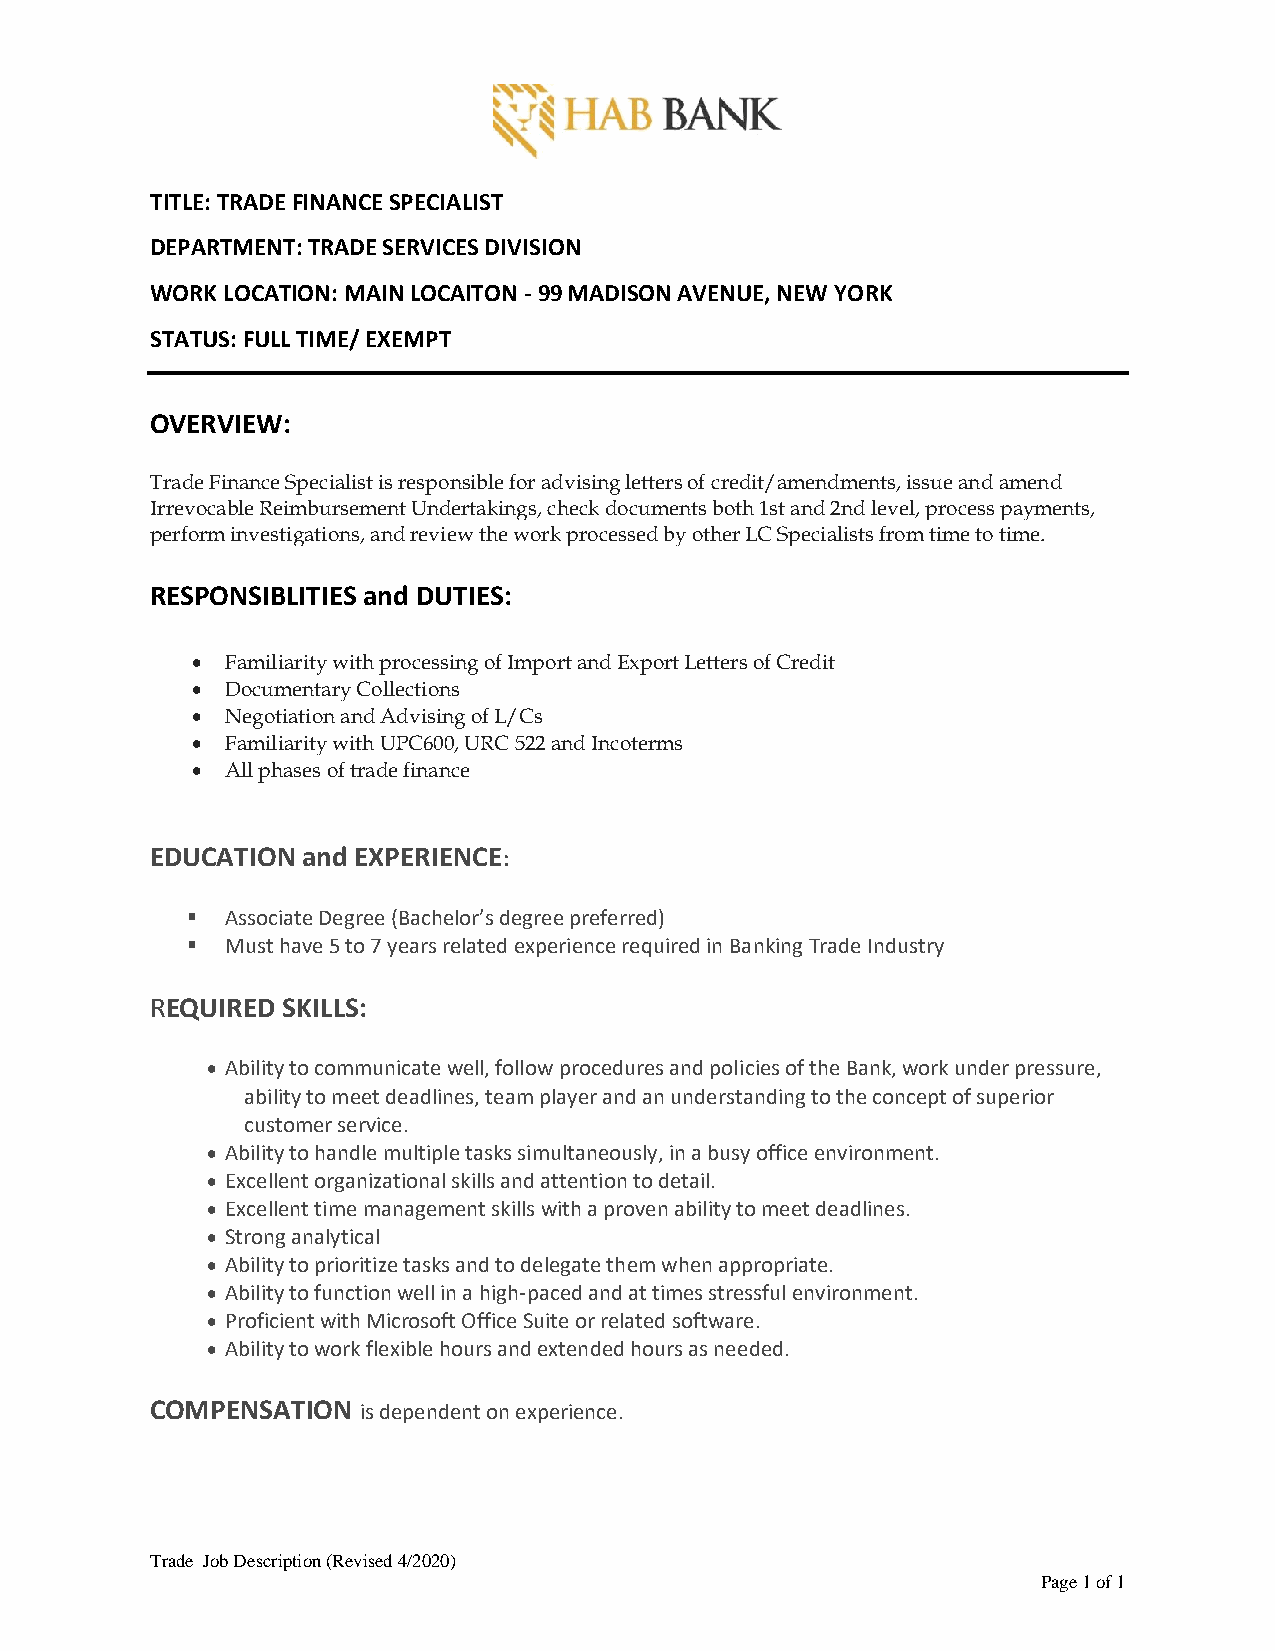
TITLE: TRADE FINANCE SPECIALIST
 DEPARTMENT: TRADE SERVICES DIVISION
 WORK LOCATION: MAIN LOCAITON - 99 MADISON AVENUE, NEW YORK
 STATUS: FULL TIME/ EXEMPT
 OVERVIEW:
 Trade Finance Specialist is responsible for advising letters of credit/amendments, issue and amend
 Irrevocable Reimbursement Undertakings, check documents both 1st and 2nd level, process payments,
 perform investigations, and review the work processed by other LC Specialists from time to time.
 RESPONSIBLITIES and DUTIES:
 • Familiarity with processing of Import and Export Letters of Credit
 • Documentary Collections
 • Negotiation and Advising of L/Cs
 • Familiarity with UPC600, URC 522 and Incoterms
 • All phases of trade finance
 EDUCATION and EXPERIENCE:
 Associate Degree (Bachelor’s degree preferred)
 Must have 5 to 7 years related experience required in Banking Trade Industry
 REQUIRED SKILLS:
 • Ability to communicate well, follow procedures and policies of the Bank, work under pressure,
 ability to meet deadlines, team player and an understanding to the concept of superior
 customer service.
 • Ability to handle multiple tasks simultaneously, in a busy office environment.
 • Excellent organizational skills and attention to detail.
 • Excellent time management skills with a proven ability to meet deadlines.
 • Strong analytical
 • Ability to prioritize tasks and to delegate them when appropriate.
 • Ability to function well in a high-paced and at times stressful environment.
 • Proficient with Microsoft Office Suite or related software.
 • Ability to work flexible hours and extended hours as needed.
 COMPENSATION  is dependent on experience.
 Trade Job Description (Revised 4/2020)
 Page 1 of 1